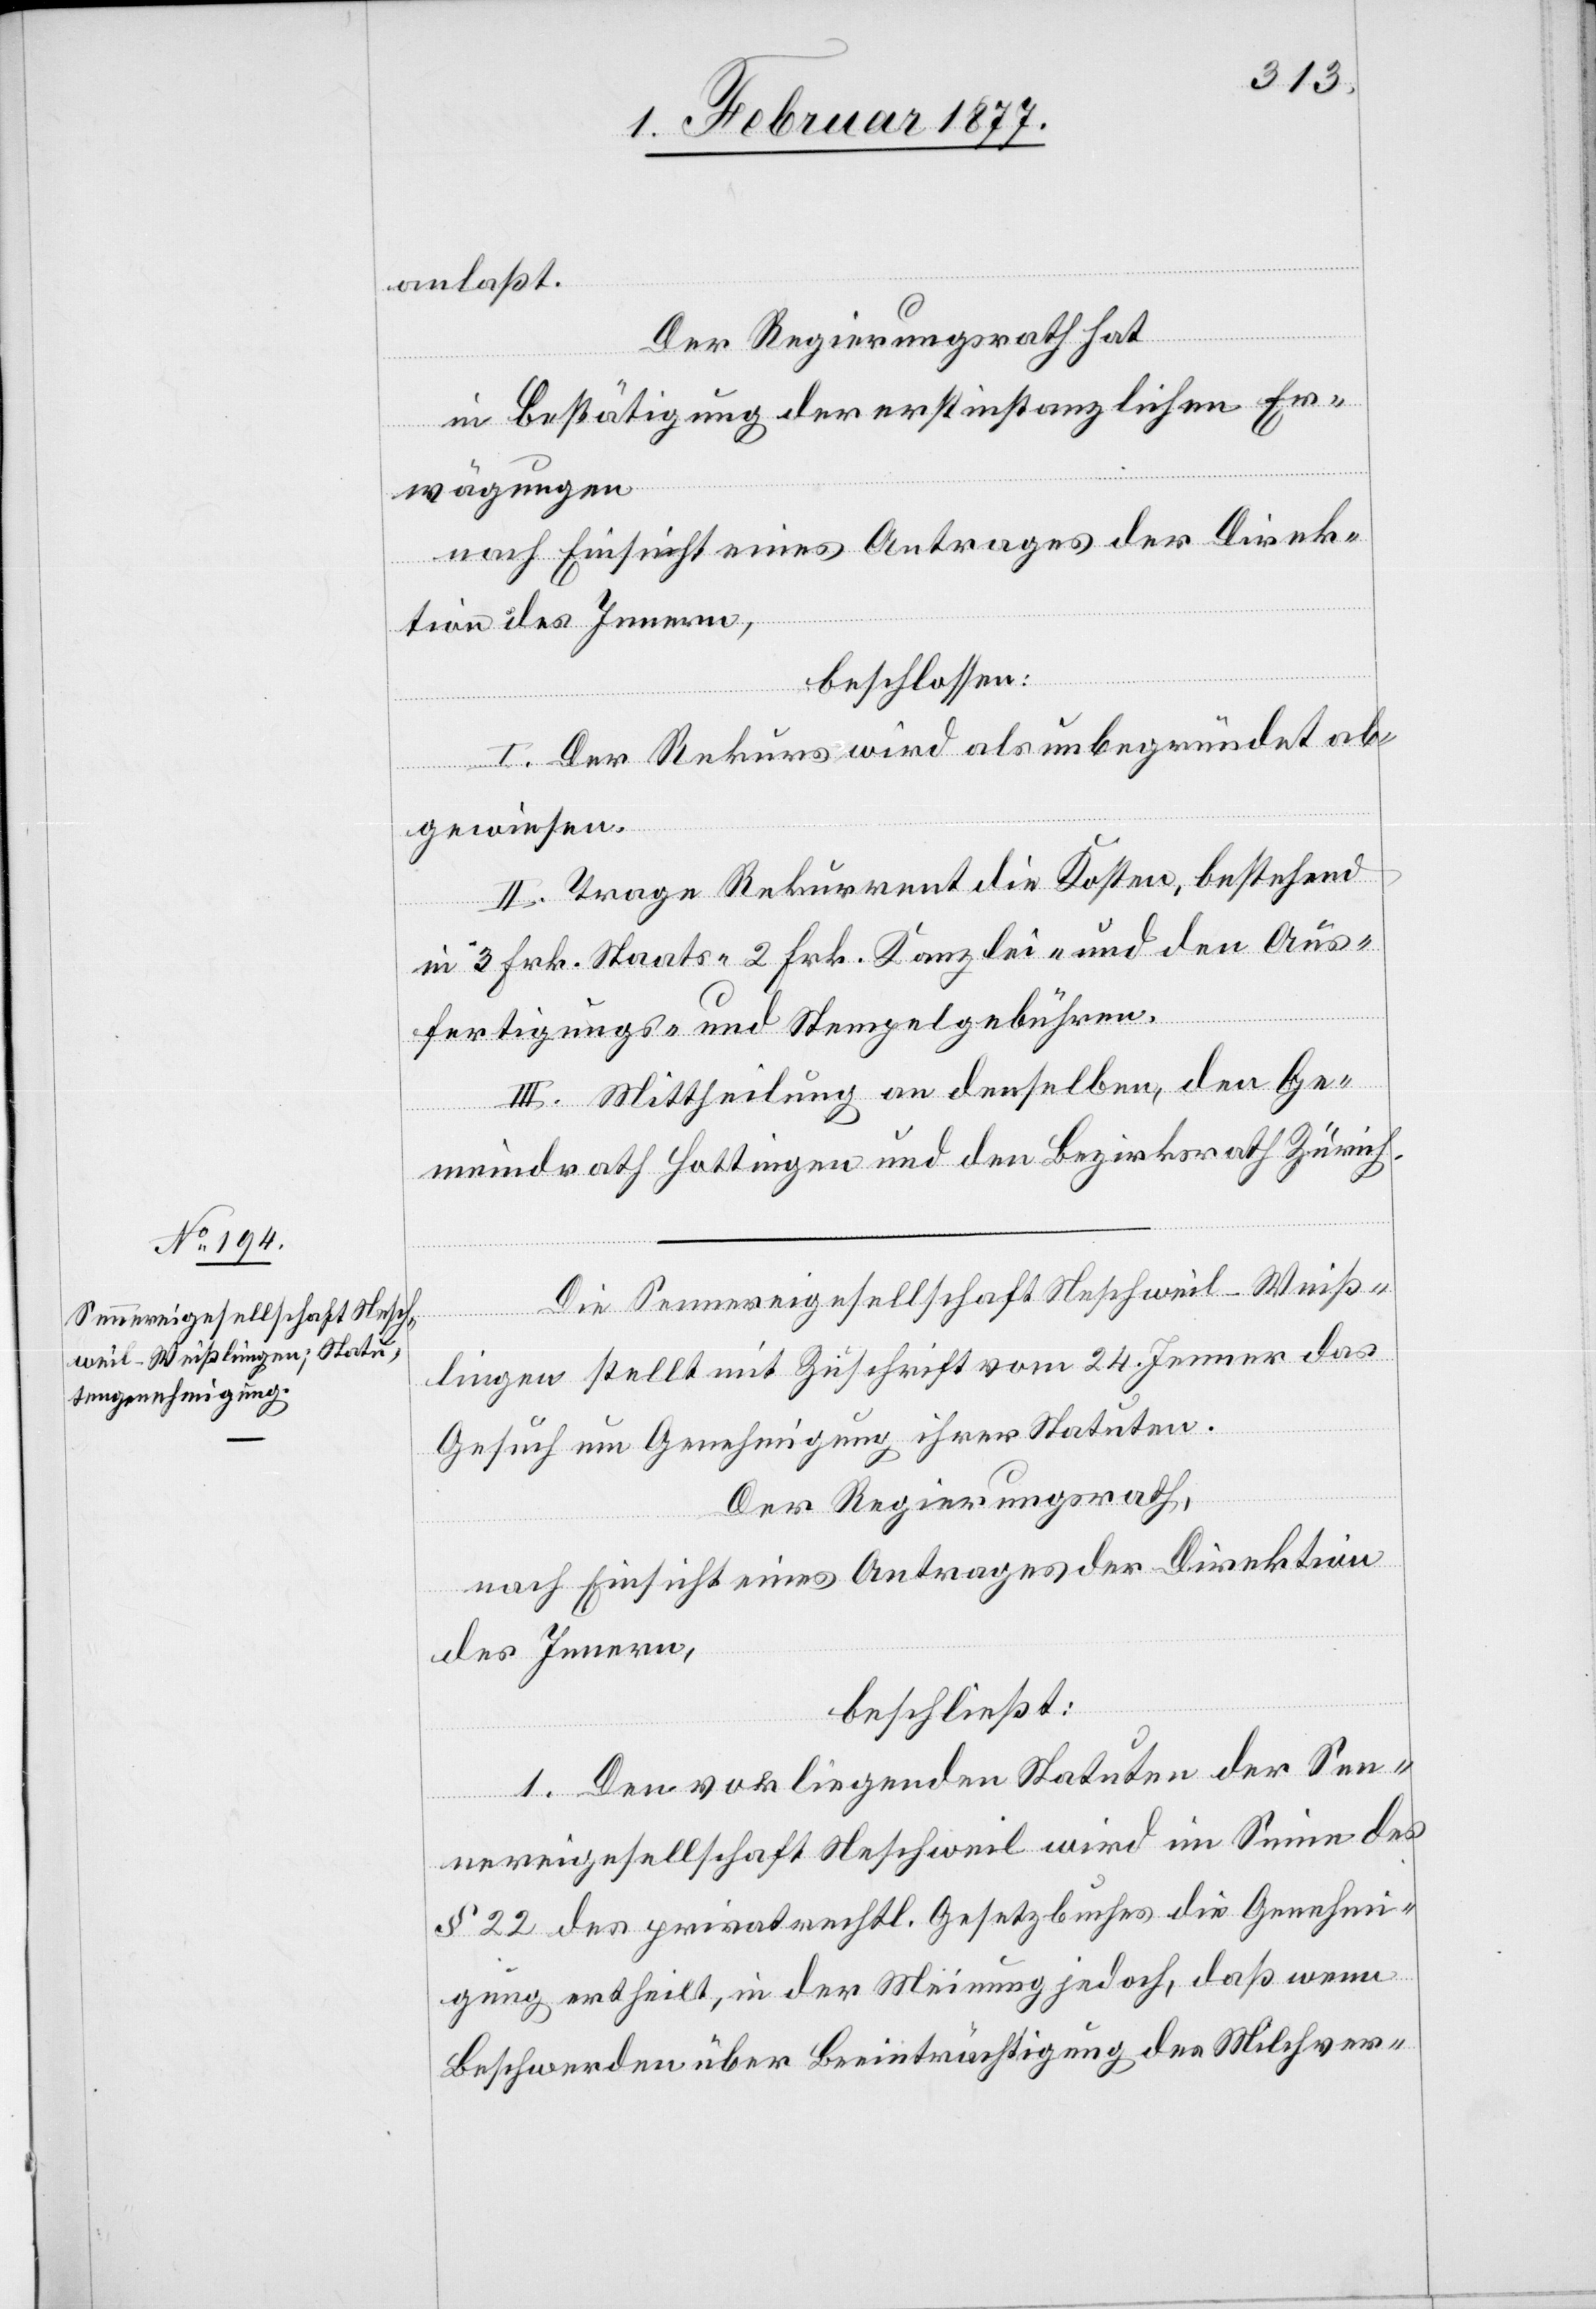
anlaßt.
Der Regierungsrath hat,
in Bestätigung der erstinstanzlichen Er¬
wägungen
nach Einsicht eines Antrages der Direk¬
tion des Innern,
beschlossen:
I. Der Rekurs wird als unbegründet ab¬
gewiesen.
II. Trage Rekurrent die Kosten, bestehend
in 3 Frk. Staats-[,] 2 Frk. Kanzlei- und den Aus¬
fertigungs- und Stempelgebühren.
III. Mittheilung an denselben, den Ge¬
meindrath Hottingen und den Bezirksrath Zürich.
Die Sennereigesellschaft Neschweil-Weiß¬
lingen stellt mit Zuschrift vom 24. Jenner das
Gesuch um Genehmigung ihrer Statuten.
Der Regierungsrath,
nach Einsicht eines Antrages der Direktion
des Innern,
beschließt:
1. Den vorliegenden Statuten der Sen¬
nereigesellschaft Neschweil wird im Sinne des
§ 22 des privatrechtl. Gesetzbuches die Genehmi¬
gung ertheilt, in der Meinung jedoch, daß wenn
Beschwerden über Beeinträchtigung des Milchver-